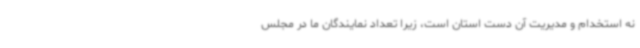
نه استخدام و مدیریت آن دست استان است، زیرا تعداد نمایندگان ما در مجلس